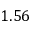
1 . 5 6